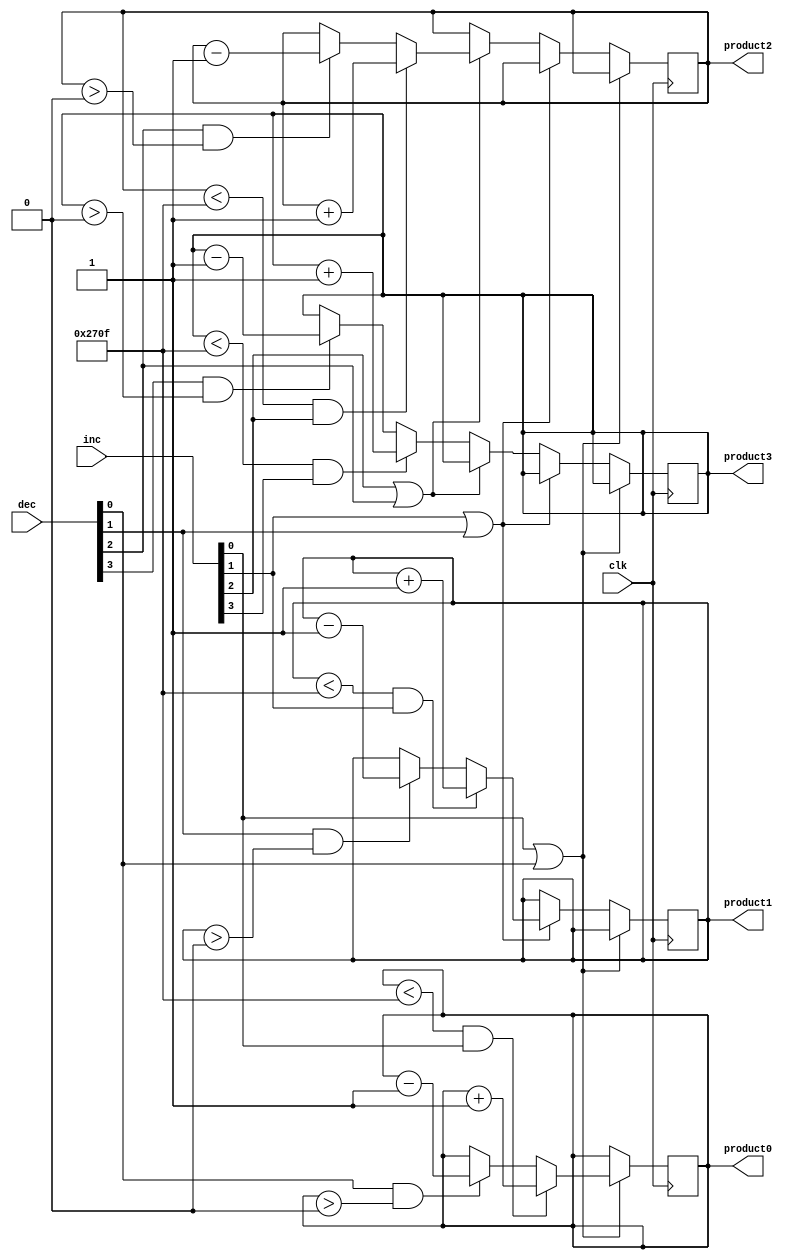
	`timescale 1ns / 1ps
/*           
Cada producto se asigna al bit segun su indice            
*/
module counter_products(
input clk,
input [3:0]inc,
input [3:0]dec,
output [13:0]product0,
output [13:0]product1,
output [13:0]product2,
output [13:0]product3
);

reg [13:0]cuenta[3:0];   
assign product0 =  cuenta[0];
assign product1 =  cuenta[1];
assign product2 =  cuenta[2];
assign product3 =  cuenta[3];

parameter c0 = 0;
parameter c1 = 0;
parameter c2 = 0;
parameter c3 = 0;

initial
begin
cuenta[0] = c0;
cuenta[1] = c1;
cuenta[2] = c2;
cuenta[3] = c3;
end


always @(posedge clk)
begin
if(inc[0]|dec[0])
begin
if((cuenta[0] <9999) && inc[0])
    cuenta[0] = cuenta[0] + 1;
else if (dec[0] &&(cuenta[0]>0))
    cuenta[0] = cuenta[0] - 1;
end
else if(inc[1]|dec[1])
begin
if((cuenta[1] <9999) && inc[1])
    cuenta[1] = cuenta[1] + 1;
else if (dec[1] &&(cuenta[1]>0))
    cuenta[1] = cuenta[1] - 1;
end
else if(inc[2]|dec[2])
begin
if((cuenta[2] <9999) && inc[2])
    cuenta[2] = cuenta[2] + 1;
else if (dec[2] &&(cuenta[2]>0))
    cuenta[2] = cuenta[2] - 1;
end
else
begin
if((cuenta[3] <9999) && inc[3])
    cuenta[3] = cuenta[3] + 1;
else if (dec[3] &&(cuenta[3]>0))
    cuenta[3] = cuenta[3] - 1;
end
end    
endmodule